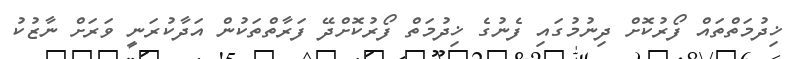
ޚިދުމަތްތައް ފޯރުކޮށް ދިނުމުގައި ފެނުގެ ޚިދުމަތް ފޯރުކޮށްދޭ ފަރާތްތަކުން އަދާކުރަނީ ވަރަށް ނާޒުކު